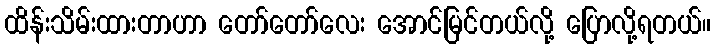
ထိန်းသိမ်းထားတာဟာ တော်တော်လေး အောင်မြင်တယ်လို့ ပြောလို့ရတယ်။